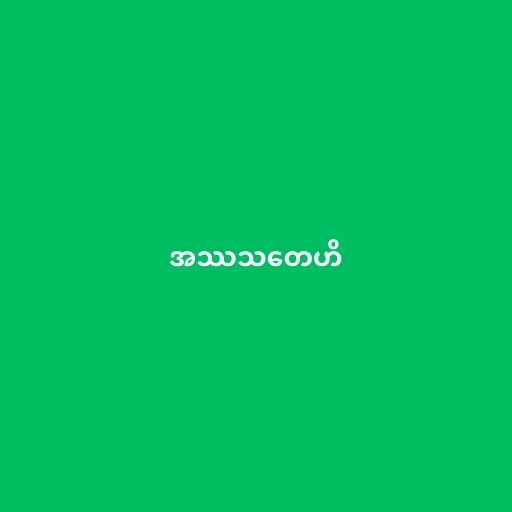
အဿသတေဟိ